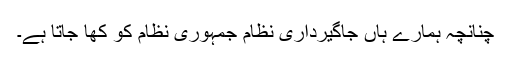
چنانچہ ہمارے ہاں جاگیرداری نظام جمہوری نظام کو کھا جاتا ہے۔